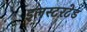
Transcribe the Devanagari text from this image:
इलस्टरटेड